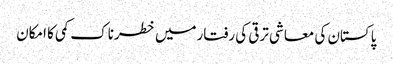
پاکستان کی معاشی ترقی کی رفتارمیں خطرناک کمی کا امکان